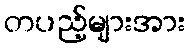
တပည့်များအား